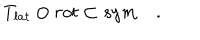
T _ { l a t } \odot r o t \subset s y m \quad .